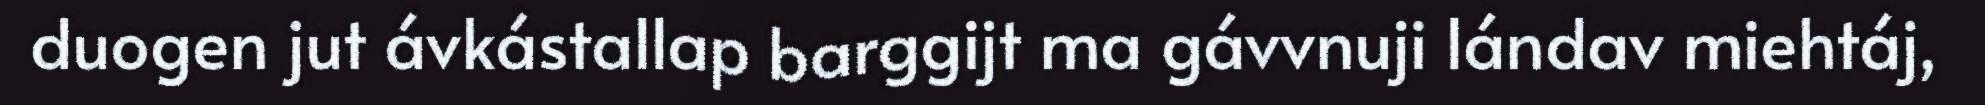
duogen jut ávkástallap barggijt ma gávvnuji lándav miehtáj,